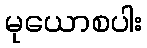
မုယောစပါး